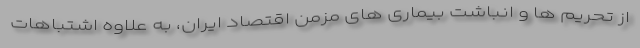
از تحریم ها و انباشت بیماری های مزمن اقتصاد ایران، به علاوه اشتباهات